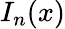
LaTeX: I_{n}(x)